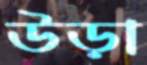
উড়া